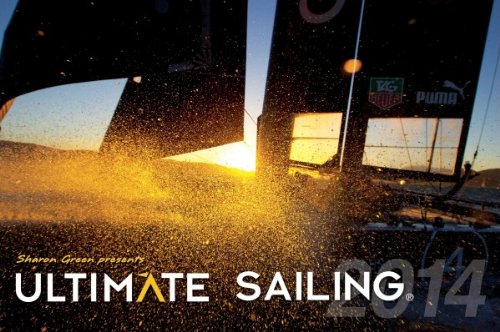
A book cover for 2014 Ultimate Sailing Calendar; Calendars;